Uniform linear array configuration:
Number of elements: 4
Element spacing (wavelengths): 1
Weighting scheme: uniform
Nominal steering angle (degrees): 15
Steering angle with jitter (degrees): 13.203
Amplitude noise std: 0.05
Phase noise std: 0.05

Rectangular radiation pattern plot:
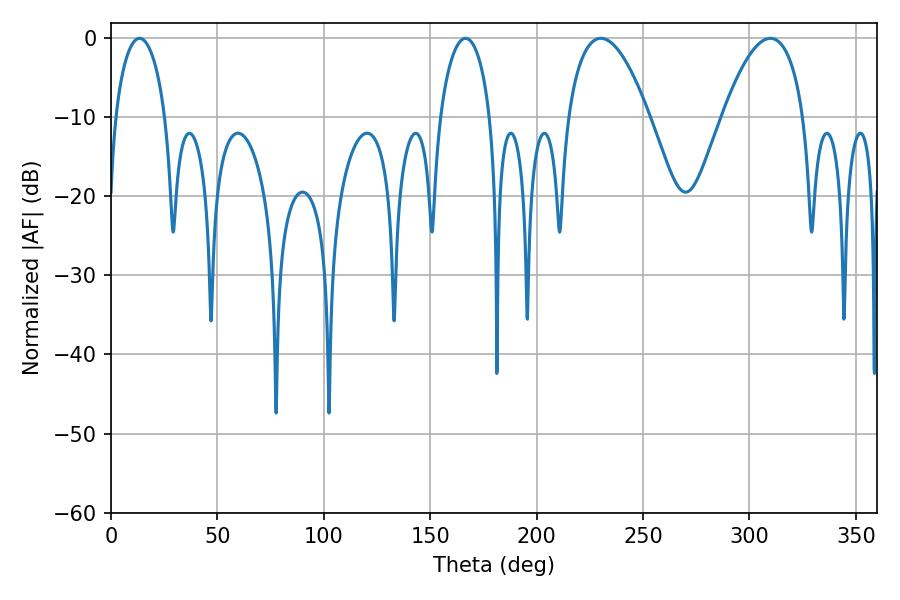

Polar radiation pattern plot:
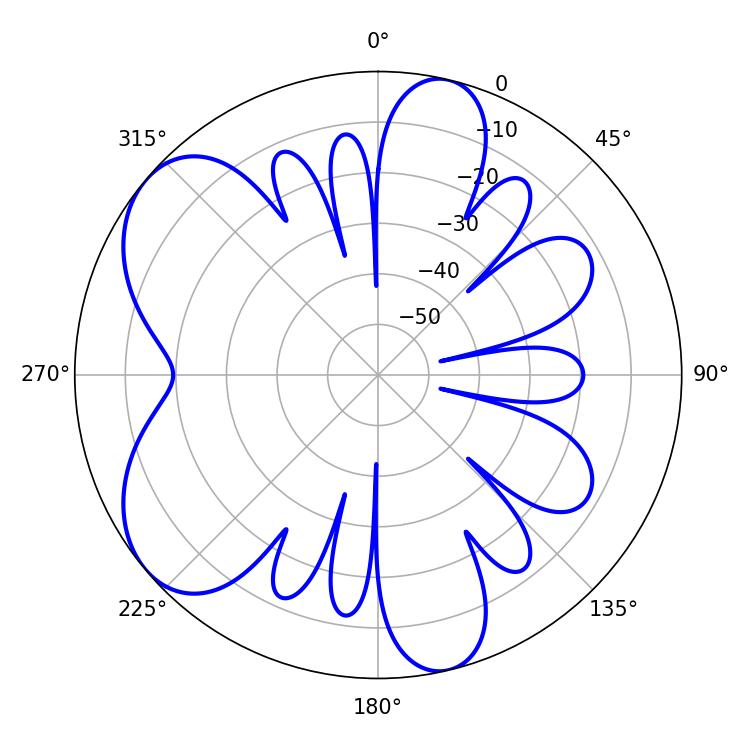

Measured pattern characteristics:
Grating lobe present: TRUE
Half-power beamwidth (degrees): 21.06
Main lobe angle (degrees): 309.78